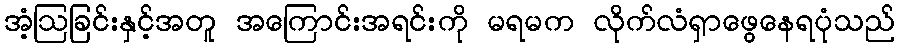
အံ့ဩခြင်းနှင့်အတူ အကြောင်းအရင်းကို မရမက လိုက်လံရှာဖွေနေရပုံသည်